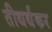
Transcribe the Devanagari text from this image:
तीथर्थंकर